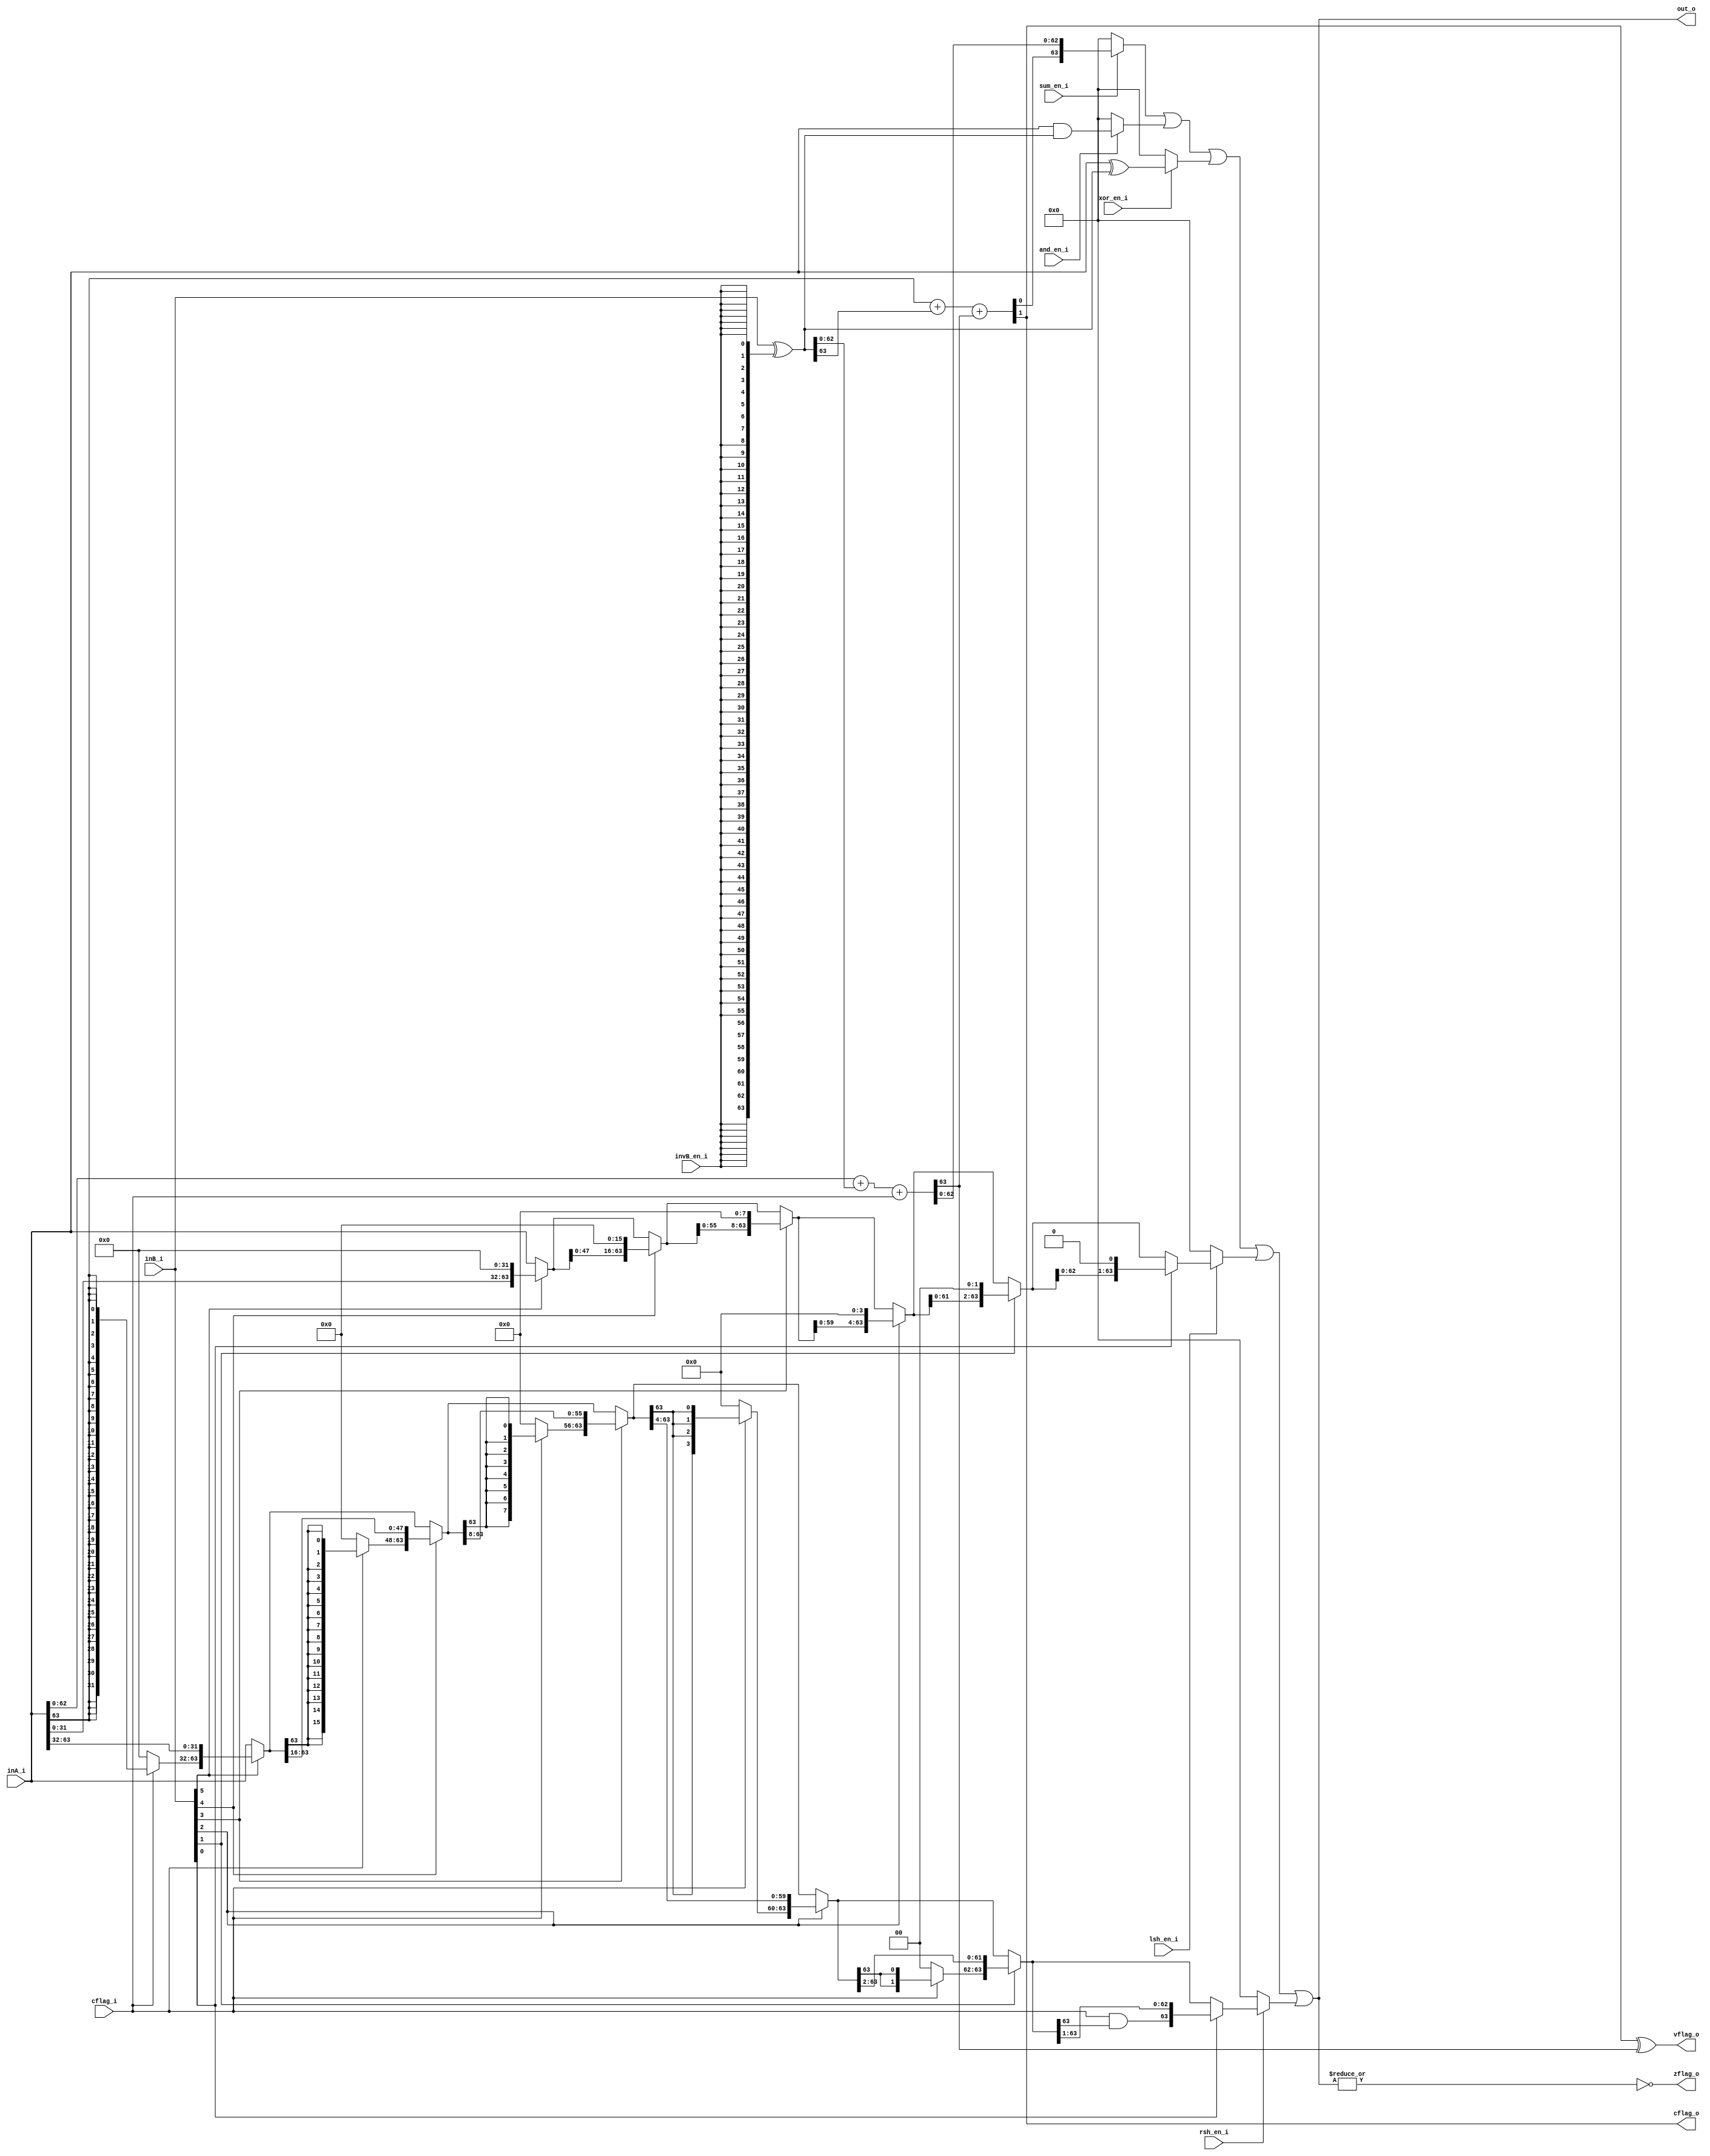
module alu(
	input	[63:0]	inA_i,
	input	[63:0]	inB_i,
	input		cflag_i,
	input		sum_en_i,
	input		and_en_i,
	input		xor_en_i,
	input		invB_en_i,
	input		lsh_en_i,
	input		rsh_en_i,
	output	[63:0]	out_o,
	output		cflag_o,
	output		vflag_o,
	output		zflag_o
);
	wire [63:0] b = inB_i ^ ({64{invB_en_i}});

	wire [63:0] sumL = inA_i[62:0] + b[62:0] + cflag_i;
	wire c62 = sumL[63];
	wire [64:63] sumH = inA_i[63] + b[63] + c62;
	wire [63:0] sums = sum_en_i ? {sumH[63], sumL[62:0]} : 64'd0;
	assign zflag_o = ~(|out_o);
	assign vflag_o = sumH[64] ^ sumL[63];
	assign cflag_o = sumH[64];

	wire [63:0] ands = and_en_i ? (inA_i & b) : 64'd0;
	wire [63:0] xors = xor_en_i ? (inA_i ^ b) : 64'd0;

	wire [63:0] lsh32 = inB_i[5] ? {inA_i[31:0], 32'd0} : inA_i;
	wire [63:0] lsh16 = inB_i[4] ? {lsh32[47:0], 16'd0} : lsh32;
	wire [63:0] lsh8  = inB_i[3] ? {lsh16[55:0], 8'd0} : lsh16;
	wire [63:0] lsh4  = inB_i[2] ? {lsh8[59:0], 4'd0} : lsh8;
	wire [63:0] lsh2  = inB_i[1] ? {lsh4[61:0], 2'd0} : lsh4;
	wire [63:0] lsh1  = inB_i[0] ? {lsh2[62:0], 1'd0} : lsh2;
	wire [63:0] lshs = lsh_en_i ? lsh1 : 0;

	wire [63:32] sx5 = cflag_i ? {32{inA_i[63]}} : 0;
	wire [63:48] sx4 = cflag_i ? {16{rsh32[63]}} : 0;
	wire [63:56] sx3 = cflag_i ? {8{rsh16[63]}} : 0;
	wire [63:60] sx2 = cflag_i ? {4{rsh8[63]}} : 0;
	wire [63:62] sx1 = cflag_i ? {2{rsh4[63]}} : 0;
	wire sx0 = cflag_i & rsh2[63];

	wire [63:0] rsh32 = inB_i[5] ? {sx5, inA_i[63:32]} : inA_i;
	wire [63:0] rsh16 = inB_i[4] ? {sx4, rsh32[63:16]} : rsh32;
	wire [63:0] rsh8  = inB_i[3] ? {sx3, rsh16[63:8]} : rsh16;
	wire [63:0] rsh4  = inB_i[2] ? {sx2, rsh8[63:4]} : rsh8;
	wire [63:0] rsh2  = inB_i[1] ? {sx1, rsh4[63:2]} : rsh4;
	wire [63:0] rsh1  = inB_i[0] ? {sx0, rsh2[63:1]} : rsh2;
	wire [63:0] rshs = rsh_en_i ? rsh1 : 0;

	assign out_o = sums | ands | xors | lshs | rshs ;
endmodule